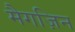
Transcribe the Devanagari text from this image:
मैगज़िन